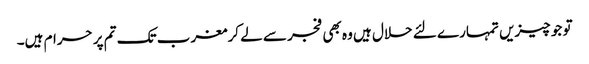
تو جو چیزیں تمہارے لئے حلال ہیں وہ بھی فجر سے لے کرمغرب تک تم پر حرام ہیں۔